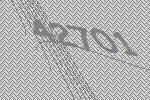
42701